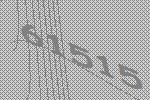
61515